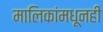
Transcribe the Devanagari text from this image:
मालिकांमधूनही